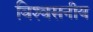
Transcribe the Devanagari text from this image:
विश्‍वसनीय